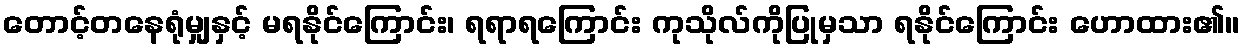
တောင့်တနေရုံမျှနှင့် မရနိုင်ကြောင်း၊ ရရာရကြောင်း ကုသိုလ်ကိုပြုမှသာ ရနိုင်ကြောင်း ဟောထား၏။